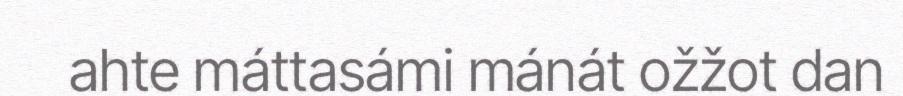
ahte máttasámi mánát ožžot dan